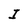
Character: I